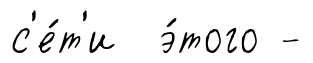
с'е́т'и э́того -